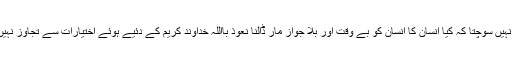
کوئی نہیں سوچتا کہ کیا انسان کا انسان کو بے وقت اور بلا جواز مار ڈالنا نعوذ بااللہ خداوند کریم کے دئیے ہوئے اختیارات سے تجاوز نہیں ہے؟